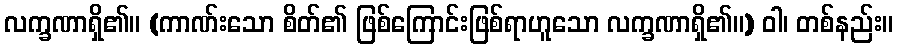
လက္ခဏာရှိ၏။ (ကာဏ်းသော စိတ်၏ ဖြစ်ကြောင်းဖြစ်ရာဟူသော လက္ခဏာရှိ၏။) ဝါ၊ တစ်နည်း။